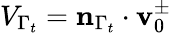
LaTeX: V_{\Gamma_{t}}=\mathbf{n}_{\Gamma_{t}}\cdot\mathbf{v}_{0}^{\pm}